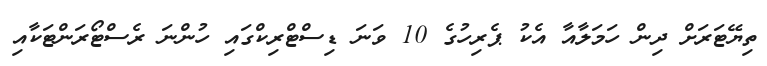
ތިޔޭޓަރަށް ދިން ހަމަލާއާ އެކު ޕެރިހުގެ 10 ވަނަ ޑިސްޓްރިކްގައި ހުންނަ ރެސްޓޯރަންޓަކާއި